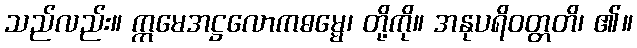
သည်လည်း။ ဣမေအဋ္ဌလောကဓမ္မေ၊ တို့ကို။ အနုပရိဝတ္တတိ၊ ၏။